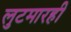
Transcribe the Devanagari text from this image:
लुटमारही